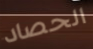
الحصاد